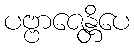
ပဗ္ဗာဇေန္တိပေ